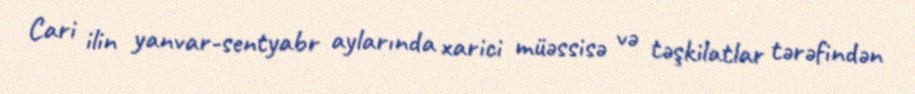
Cari ilin yanvar-sentyabr aylarında xarici müəssisə və təşkilatlar tərəfindən